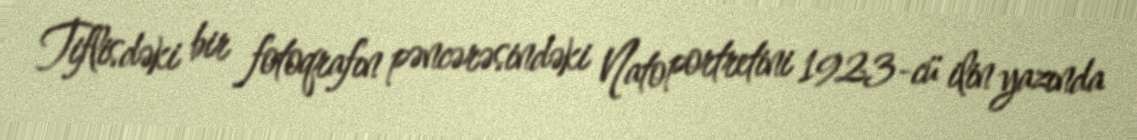
Tiflisdəki bir fotoqrafın pəncərəsindəki Nato portretini 1923-cü ilin yazında